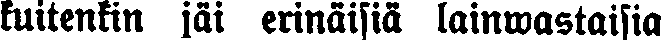
kuitenkin jäi erinäisiä lainwastaisia